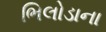
ભિલોડાના